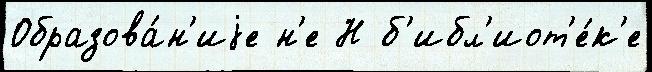
Образова́н'иjе н'е Н б'ибл'иот'е́к'е